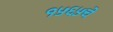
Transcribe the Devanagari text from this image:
१५६५चे